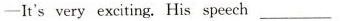
-It'svery exciting.His speech ___